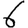
Digit: 6